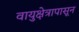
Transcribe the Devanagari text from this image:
वायुक्षेत्रापासून